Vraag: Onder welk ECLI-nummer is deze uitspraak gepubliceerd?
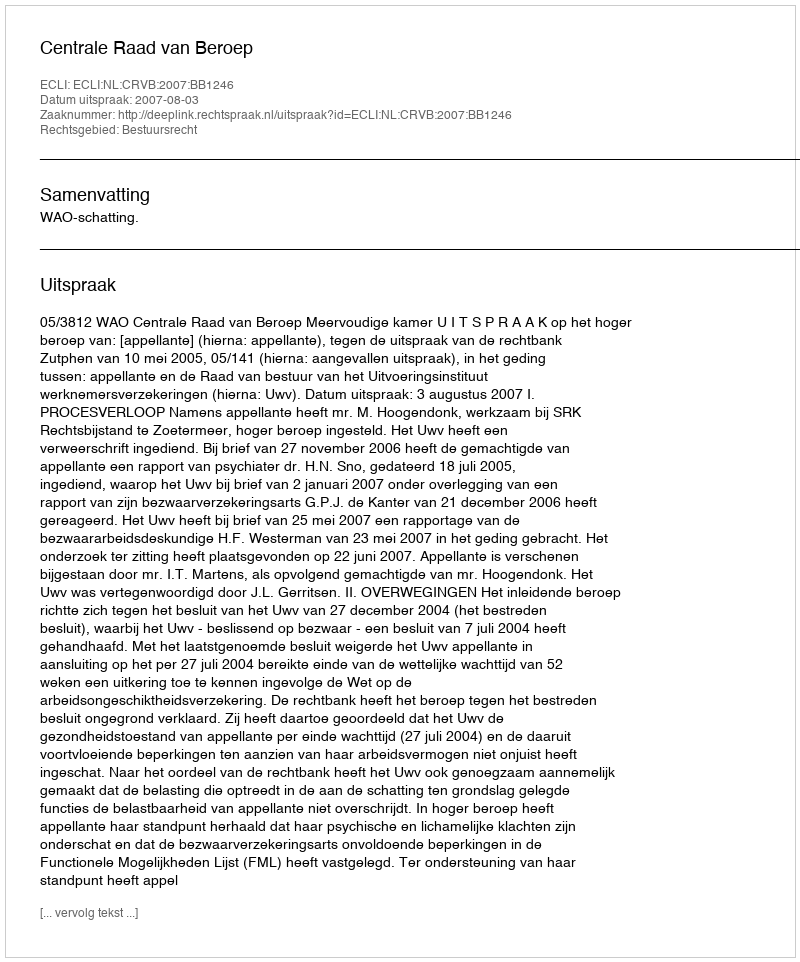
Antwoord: ECLI:NL:CRVB:2007:BB1246